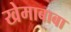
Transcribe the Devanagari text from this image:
खेमाबाबा